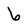
Character: 6